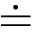
\doteq